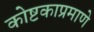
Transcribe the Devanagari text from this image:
कोष्टकाप्रमाणे